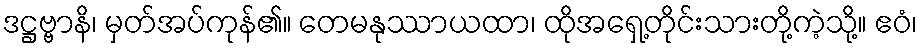
ဒဋ္ဌဗ္ဗာနိ၊ မှတ်အပ်ကုန်၏။ တေမနုဿာယထာ၊ ထိုအရှေ့တိုင်းသားတို့ကဲ့သို့။ ဧဝံ၊